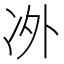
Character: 𱐂